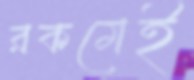
রকমেই